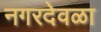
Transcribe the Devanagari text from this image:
नगरदेवळा